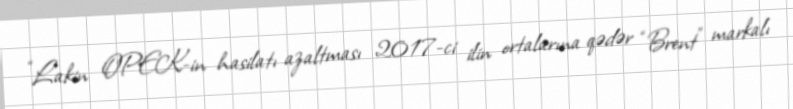
“Lakin OPEK-in hasilatı azaltması 2017-ci ilin ortalarına qədər “Brent” markalı